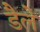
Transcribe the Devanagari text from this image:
डैले